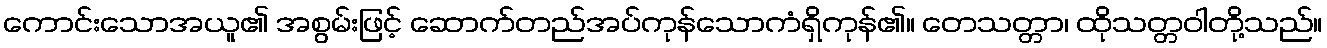
ကောင်းသောအယူ၏ အစွမ်းဖြင့် ဆောက်တည်အပ်ကုန်သောကံရှိကုန်၏။ တေသတ္တာ၊ ထိုသတ္တဝါတို့သည်။